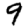
Digit: 9